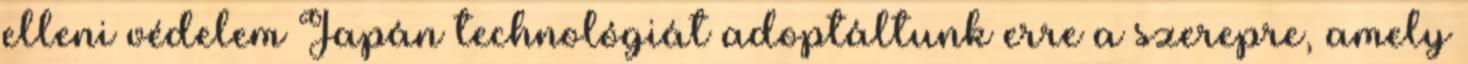
elleni védelem Japán technológiát adoptáltunk erre a szerepre, amely